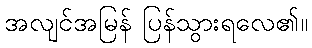
အလျင်အမြန် ပြန်သွားရလေ၏။